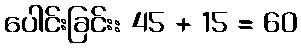
ပေါင်းခြင်း: 45 + 15 = 60